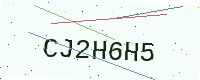
Text: CJ2H6H5